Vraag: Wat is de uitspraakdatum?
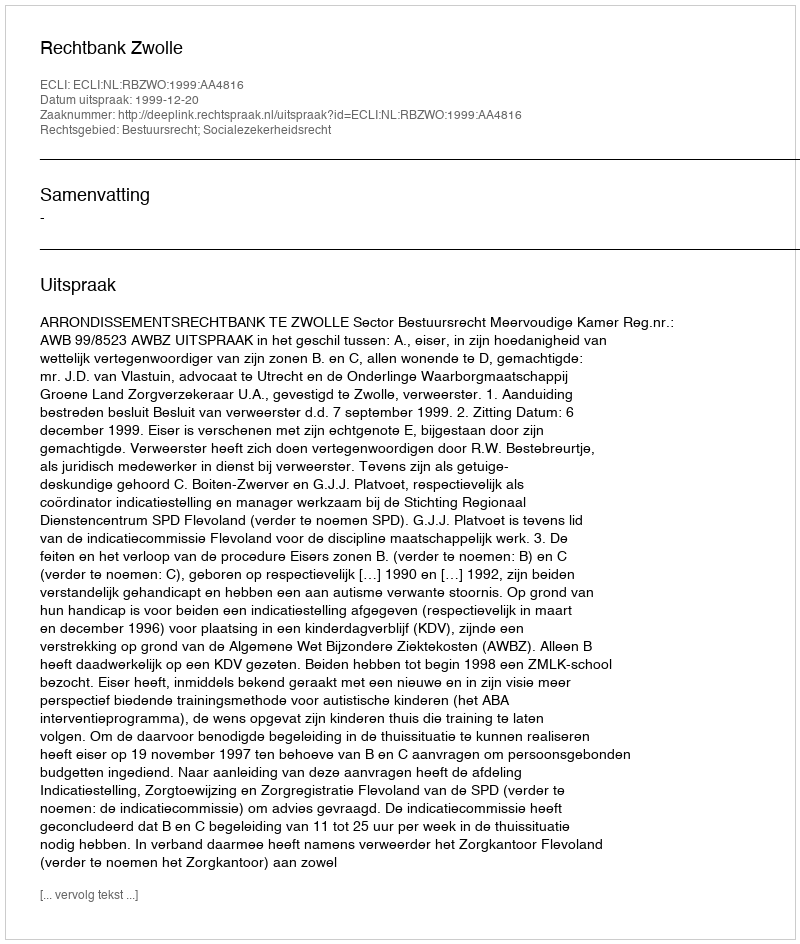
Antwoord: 1999-12-20